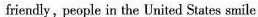
friendly, people in the United States smile